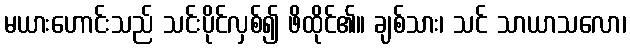
မယားဟောင်းသည် သင်းပိုင်လှစ်၍ ဖိထိုင်၏။ ချစ်သား၊ သင် သာယာသလော၊